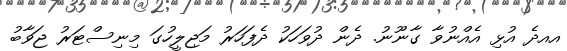
އއދެ އުޅި އެއްނުވާ ގާނޫނު. ދެން ދުވަހަކު ދެފަހަރު މަޖިލީހުގަ މިނިސްޓަރު ޖަވާބު